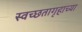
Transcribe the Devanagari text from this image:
स्वच्छतागृहाच्या